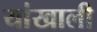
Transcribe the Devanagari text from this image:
यांखाली